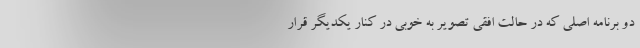
دو برنامه اصلی که در حالت افقی تصویر به خوبی در کنار یکدیگر قرار